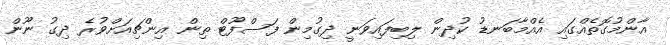
އާންމުގޮތެއްގައި އެއްމާބަނޑު ކުދިން ލިބިފައިވަނީ ދިގުމިން ފަސްފޫޓް ތިން އިންޗިއަށްވުރެ ދިގު ނޫން